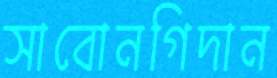
সাবোনগিদান